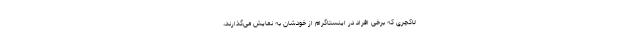
لاکچری که برخی افراد در اینستاگرام از خودشان به نمایش می‌گذارند،